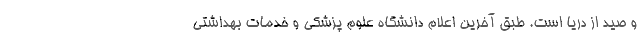
و صید از دریا است. طبق آخرین اعلام دانشگاه علوم پزشکی و خدمات بهداشتی